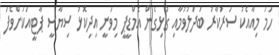
ހަމަ މިއާއެކު ސަރުކާރު ބަދަލުވުމާއި ގުޅިގެން އެމްޑީޕީ މިވަނީ އިދިކޮޅު ސިޔާސީ ޕާޓީއަކަށްވެފަ